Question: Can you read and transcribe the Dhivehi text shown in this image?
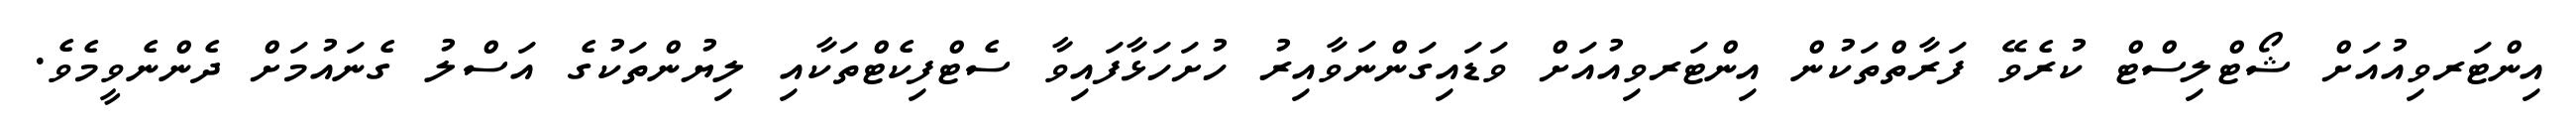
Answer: އިންޓަރވިއުއަށް ޝޯޓްލިސްޓް ކުރެވޭ ފަރާތްތަކުން އިންޓަރވިއުއަށް ވަޑައިގަންނަވާއިރު ހުށަހަޅާފައިވާ ސެޓްފިކެޓްތަކާއި ލިޔުންތަކުގެ އަސްލު ގެނައުމަށް ދެންނެވީމެވެ.